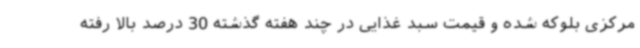
مرکزی بلوکه شده و قیمت سبد غذایی در چند هفته گذشته 30 درصد بالا رفته